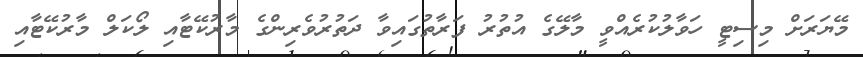
މޭޔަރަށް މިސިޓީ ހަވާލުކުރެއްވީ މާލޭގެ އުތުރު ފަރާތުގައިވާ ދަތުރުވެރިންގެ މާރުކޭޓާއި ލޯކަލް މާރުކޭޓާއި